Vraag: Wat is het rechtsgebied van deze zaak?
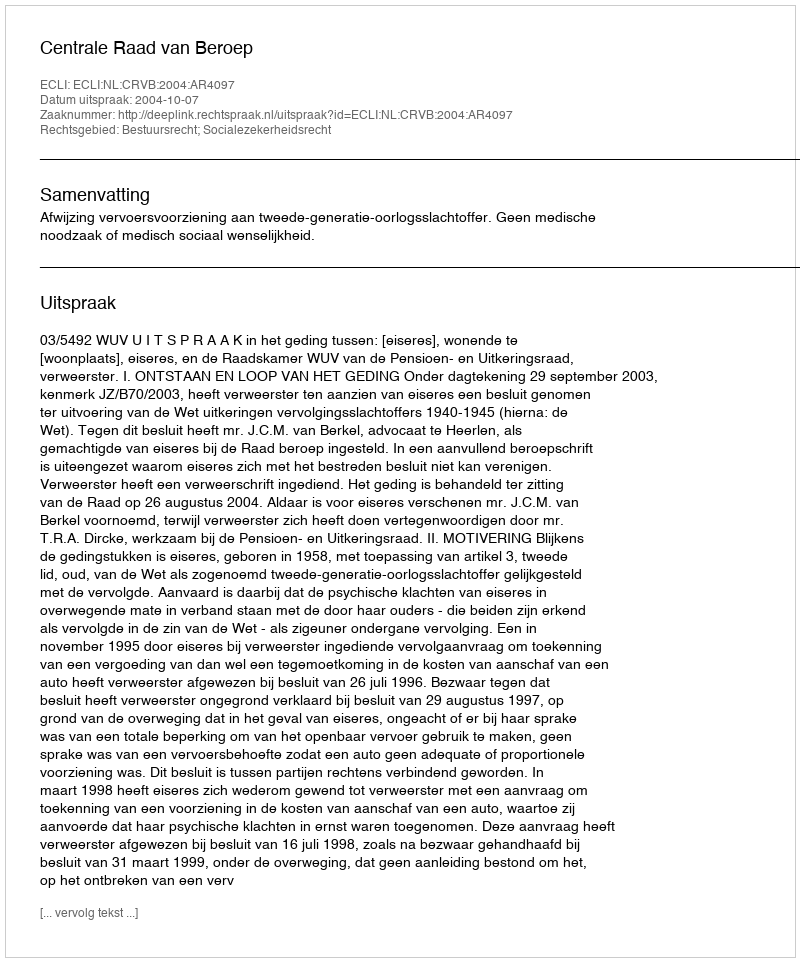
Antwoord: Bestuursrecht; Socialezekerheidsrecht